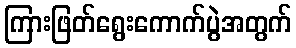
ကြားဖြတ်ရွေးကောက်ပွဲအတွက်